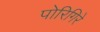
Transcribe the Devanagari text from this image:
पोरिगिरे